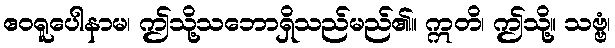
ဧဝရူပေါနာမ၊ ဤသို့သဘောရှိသည်မည်၏။ ဣတိ၊ ဤသို့။ သဗ္ဗံ၊